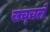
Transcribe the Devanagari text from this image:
खच्‍चरों